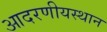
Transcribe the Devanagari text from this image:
आदरणीयस्थान